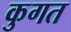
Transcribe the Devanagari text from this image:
कुगत